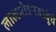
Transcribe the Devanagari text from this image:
लालमोहनबाबूंचे